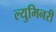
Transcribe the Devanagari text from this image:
ल्युमिनरी